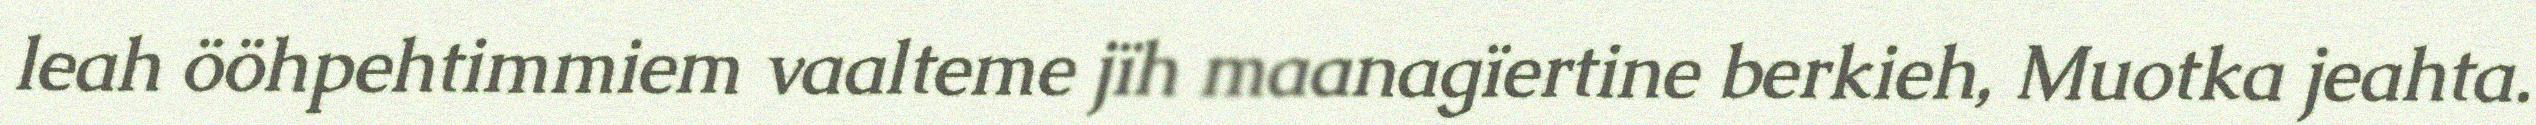
leah ööhpehtimmiem vaalteme jïh maanagïertine berkieh, Muotka jeahta.